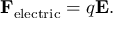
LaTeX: \mathbf { F } _ { \mathrm { e l e c t r i c } } = q \mathbf { E } .